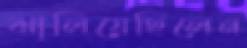
ঝালিয়েছিলেন